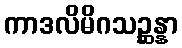
ကာဒလိမိဂသဉ္ဆန္နာ